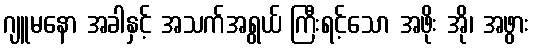
ဂျူမနော အခါနှင့် အသက်အရွယ် ကြီးရင့်သော အဖိုး အို၊ အဖွား